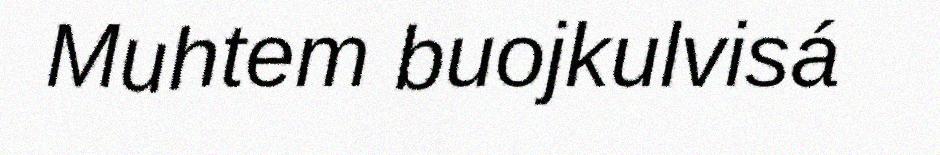
Muhtem buojkulvisá